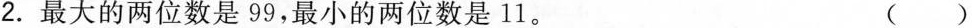
2. 最大的两位数是99，最小的两位数是11。 ( )